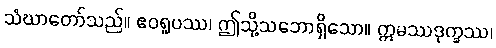
သံဃာတော်သည်။ ဧဝရူပဿ၊ ဤသို့သဘောရှိသော။ ဣမဿဒုက္ခဿ၊